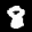
Label: 8